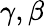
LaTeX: \gamma,\beta